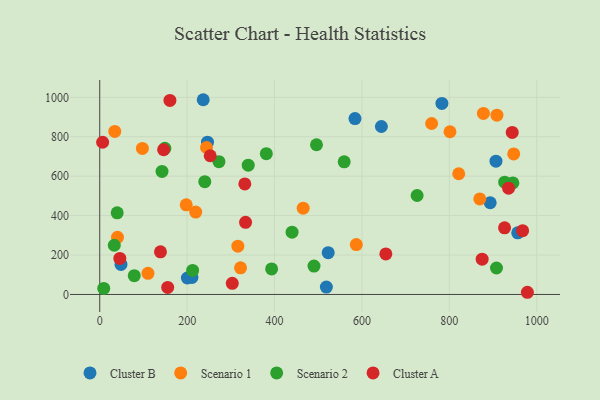
{"axis": {"x": "Price", "y": "Yield"}, "legend": ["Cluster A", "Cluster B", "Scenario 1", "Scenario 2"], "data": [{"x": "522.8", "y": 212.0, "type": "Cluster B"}, {"x": "48.6", "y": 152.4, "type": "Cluster B"}, {"x": "584.1", "y": 892.1, "type": "Cluster B"}, {"x": "956.5", "y": 312.5, "type": "Cluster B"}, {"x": "200.5", "y": 83.5, "type": "Cluster B"}, {"x": "518.6", "y": 37.3, "type": "Cluster B"}, {"x": "644.5", "y": 851.8, "type": "Cluster B"}, {"x": "783.0", "y": 969.1, "type": "Cluster B"}, {"x": "906.7", "y": 676.1, "type": "Cluster B"}, {"x": "211.0", "y": 86.2, "type": "Cluster B"}, {"x": "893.5", "y": 465.2, "type": "Cluster B"}, {"x": "236.8", "y": 987.7, "type": "Cluster B"}, {"x": "246.6", "y": 772.3, "type": "Cluster B"}, {"x": "801.5", "y": 825.3, "type": "Scenario 1"}, {"x": "110.4", "y": 107.0, "type": "Scenario 1"}, {"x": "821.5", "y": 612.2, "type": "Scenario 1"}, {"x": "219.6", "y": 418.0, "type": "Scenario 1"}, {"x": "759.5", "y": 867.2, "type": "Scenario 1"}, {"x": "97.6", "y": 740.7, "type": "Scenario 1"}, {"x": "465.5", "y": 437.6, "type": "Scenario 1"}, {"x": "587.1", "y": 252.9, "type": "Scenario 1"}, {"x": "947.3", "y": 712.9, "type": "Scenario 1"}, {"x": "316.1", "y": 244.8, "type": "Scenario 1"}, {"x": "40.6", "y": 289.7, "type": "Scenario 1"}, {"x": "878.0", "y": 918.2, "type": "Scenario 1"}, {"x": "197.9", "y": 454.6, "type": "Scenario 1"}, {"x": "322.2", "y": 134.9, "type": "Scenario 1"}, {"x": "244.3", "y": 745.3, "type": "Scenario 1"}, {"x": "908.9", "y": 909.2, "type": "Scenario 1"}, {"x": "34.4", "y": 827.1, "type": "Scenario 1"}, {"x": "869.7", "y": 484.8, "type": "Scenario 1"}, {"x": "272.8", "y": 673.7, "type": "Scenario 2"}, {"x": "440.1", "y": 316.1, "type": "Scenario 2"}, {"x": "339.8", "y": 655.9, "type": "Scenario 2"}, {"x": "393.3", "y": 129.6, "type": "Scenario 2"}, {"x": "39.9", "y": 414.0, "type": "Scenario 2"}, {"x": "79.0", "y": 95.5, "type": "Scenario 2"}, {"x": "149.0", "y": 741.2, "type": "Scenario 2"}, {"x": "33.3", "y": 249.7, "type": "Scenario 2"}, {"x": "496.0", "y": 759.4, "type": "Scenario 2"}, {"x": "559.4", "y": 672.8, "type": "Scenario 2"}, {"x": "9.1", "y": 30.6, "type": "Scenario 2"}, {"x": "926.7", "y": 569.7, "type": "Scenario 2"}, {"x": "490.3", "y": 143.8, "type": "Scenario 2"}, {"x": "212.5", "y": 121.8, "type": "Scenario 2"}, {"x": "240.4", "y": 572.2, "type": "Scenario 2"}, {"x": "907.9", "y": 134.3, "type": "Scenario 2"}, {"x": "726.3", "y": 502.0, "type": "Scenario 2"}, {"x": "381.2", "y": 714.2, "type": "Scenario 2"}, {"x": "945.4", "y": 565.7, "type": "Scenario 2"}, {"x": "142.5", "y": 623.8, "type": "Scenario 2"}, {"x": "978.6", "y": 11.1, "type": "Cluster A"}, {"x": "155.5", "y": 35.7, "type": "Cluster A"}, {"x": "303.3", "y": 56.4, "type": "Cluster A"}, {"x": "46.0", "y": 182.9, "type": "Cluster A"}, {"x": "926.4", "y": 338.0, "type": "Cluster A"}, {"x": "967.7", "y": 323.6, "type": "Cluster A"}, {"x": "654.7", "y": 205.6, "type": "Cluster A"}, {"x": "943.9", "y": 821.7, "type": "Cluster A"}, {"x": "139.0", "y": 216.1, "type": "Cluster A"}, {"x": "252.8", "y": 703.6, "type": "Cluster A"}, {"x": "6.6", "y": 772.0, "type": "Cluster A"}, {"x": "160.6", "y": 984.0, "type": "Cluster A"}, {"x": "935.6", "y": 539.0, "type": "Cluster A"}, {"x": "146.2", "y": 734.2, "type": "Cluster A"}, {"x": "332.0", "y": 560.4, "type": "Cluster A"}, {"x": "333.7", "y": 366.0, "type": "Cluster A"}, {"x": "875.1", "y": 179.1, "type": "Cluster A"}]}